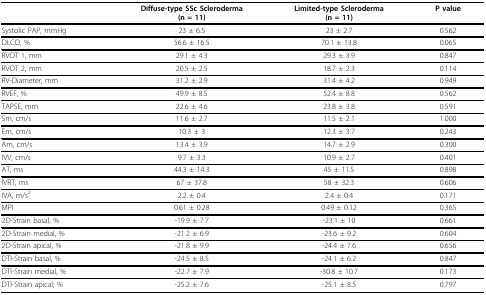
<table><thead><tr><td></td><td><b>Diffuse-type SSc Scleroderma(n = 11)</b></td><td><b>Limited-type Scleroderma(n = 11)</b></td><td><b>P value</b></td></tr></thead><tbody><tr><td>Systolic PAP, mmHg</td><td>23 ± 6.5</td><td>23 ± 2.7</td><td>0.562</td></tr><tr><td>DLCO, %</td><td>56.6 ± 16.5</td><td>70.1 ± 13.8</td><td>0.065</td></tr><tr><td>RVOT 1, mm</td><td>29.1 ± 4.3</td><td>29.3 ± 3.9</td><td>0.847</td></tr><tr><td>RVOT 2, mm</td><td>20.5 ± 2.5</td><td>18.7 ± 2.3</td><td>0.114</td></tr><tr><td>RV-Diameter, mm</td><td>31.2 ± 2.9</td><td>31.4 ± 4.2</td><td>0.949</td></tr><tr><td>RVEF, %</td><td>49.9 ± 8.5</td><td>52.4 ± 8.8</td><td>0.562</td></tr><tr><td>TAPSE, mm</td><td>22.6 ± 4.6</td><td>23.8 ± 3.8</td><td>0.591</td></tr><tr><td>Sm, cm/s</td><td>11.6 ± 2.7</td><td>11.5 ± 2.1</td><td>1.000</td></tr><tr><td>Em, cm/s</td><td>10.3 ± 3</td><td>12.3 ± 3.7</td><td>0.243</td></tr><tr><td>Am, cm/s</td><td>13.4 ± 3.9</td><td>14.7 ± 2.9</td><td>0.300</td></tr><tr><td>IVV, cm/s</td><td>9.7 ± 3.3</td><td>10.9 ± 2.7</td><td>0.401</td></tr><tr><td>AT, ms</td><td>44.3 ± 14.3</td><td>45 ± 11.5</td><td>0.898</td></tr><tr><td>IVRT, ms</td><td>67 ± 37.8</td><td>58 ± 32.3</td><td>0.606</td></tr><tr><td>IVA, m/s<sup>2</sup></td><td>2.2 ± 0.4</td><td>2.4 ± 0.4</td><td>0.171</td></tr><tr><td>MPI</td><td>0.61 ± 0.28</td><td>0.49 ± 0.12</td><td>0.365</td></tr><tr><td>2D-Strain basal, %</td><td>-19.9 ± 7.7</td><td>-23.1 ± 10</td><td>0.661</td></tr><tr><td>2D-Strain medial, %</td><td>-21.2 ± 6.9</td><td>-23.6 ± 9.2</td><td>0.604</td></tr><tr><td>2D-Strain apical, %</td><td>-21.8 ± 9.9</td><td>-24.4 ± 7.6</td><td>0.656</td></tr><tr><td>DTI-Strain basal, %</td><td>-24.5 ± 8.5</td><td>-24.1 ± 6.2</td><td>0.847</td></tr><tr><td>DTI-Strain medial, %</td><td>-22.7 ± 7.9</td><td>-30.8 ± 10.7</td><td>0.173</td></tr><tr><td>DTI-Strain apical; %</td><td>-25.2 ± 7.6</td><td>-25.1 ± 8.5</td><td>0.797</td></tr></tbody></table>